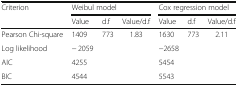
<table><thead><tr><td rowspan="2"><b>Criterion</b></td><td colspan="3"><b>Weibul model</b></td><td colspan="3"><b>Cox regression model</b></td></tr><tr><td><b>Value</b></td><td><b>d.f</b></td><td><b>Value/d.f</b></td><td><b>Value</b></td><td><b>d.f</b></td><td><b>Value/d.f</b></td></tr></thead><tbody><tr><td>Pearson Chi-square</td><td>1409</td><td>773</td><td>1.83</td><td>1630</td><td>773</td><td>2.11</td></tr><tr><td>Log likelihood</td><td>− 2059</td><td></td><td></td><td>−2658</td><td></td><td></td></tr><tr><td>AIC</td><td>4255</td><td></td><td></td><td>5454</td><td></td><td></td></tr><tr><td>BIC</td><td>4544</td><td></td><td></td><td>5543</td><td></td><td></td></tr></tbody></table>